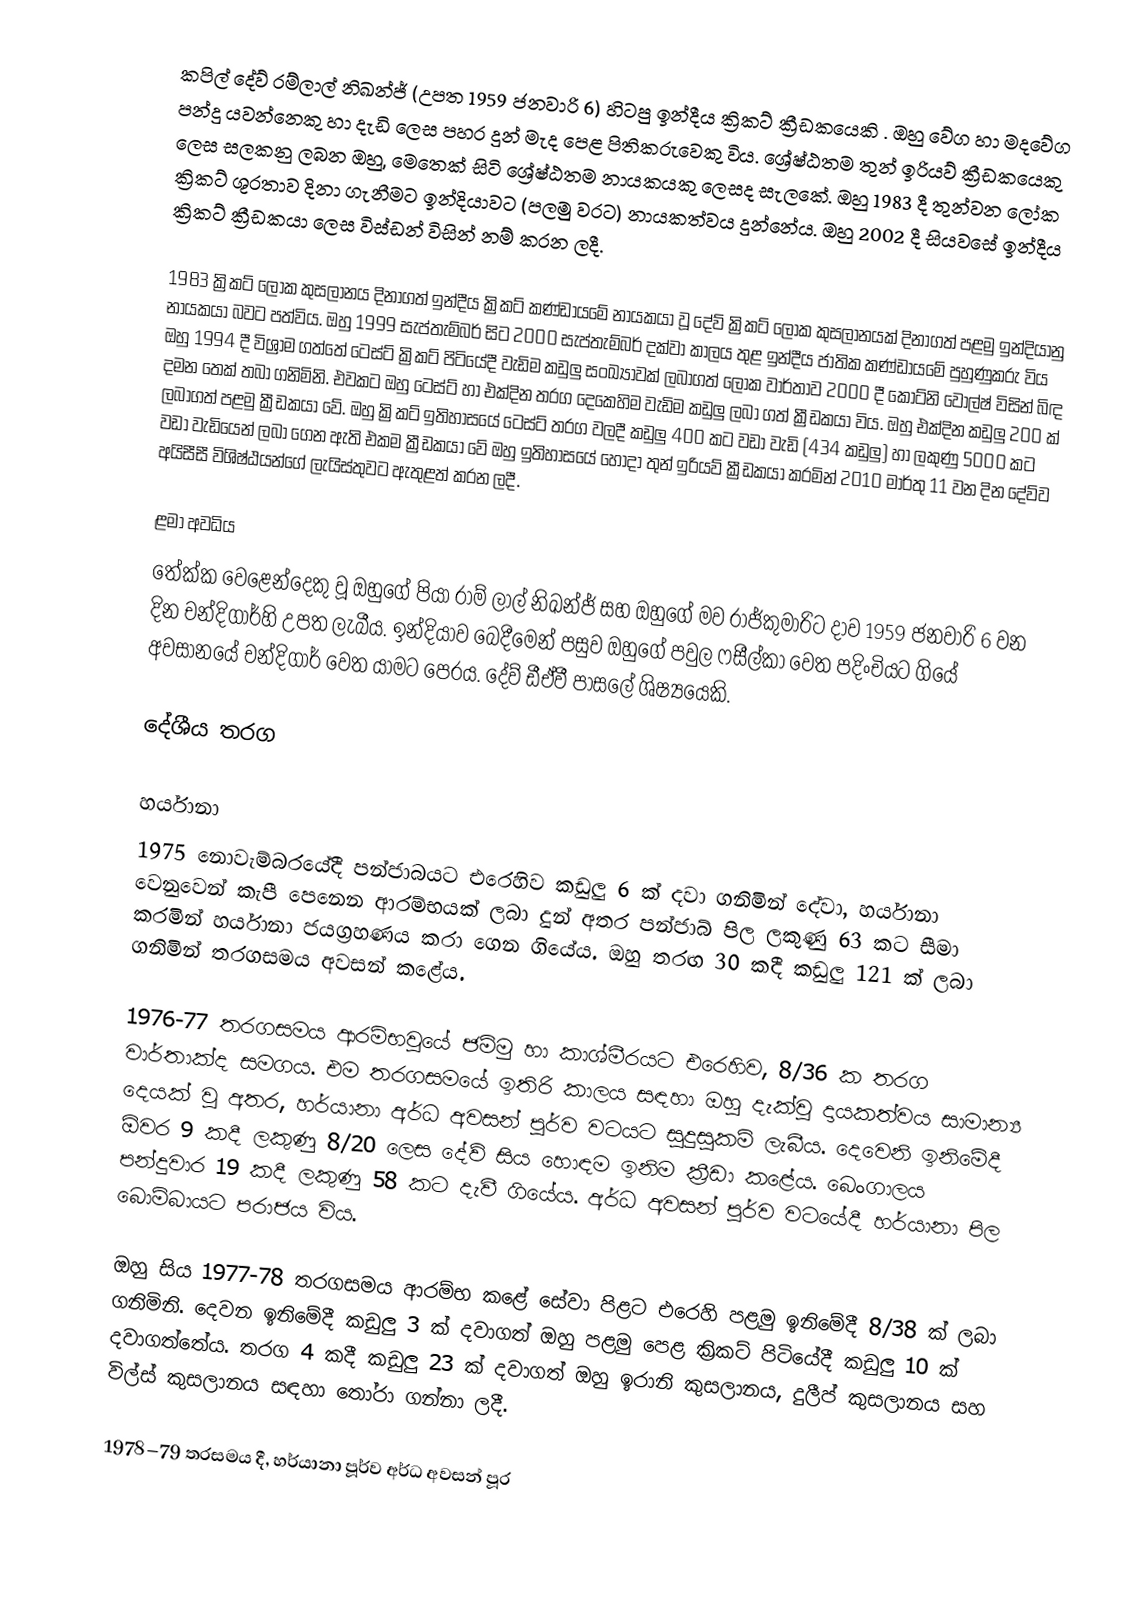
කපිල් දේව් රම්ලාල් නිඛන්ජ්  (උපත 1959 ජනවාරි 6) හිටපු ඉන්දීය ක්‍රිකට් ක්‍රීඩකයෙකි . ඔහු වේග හා මදවේග පන්දු යවන්නෙකු හා දැඩි ලෙස පහර දුන් මැද පෙළ පිතිකරුවෙකු විය. ශ්‍රේෂ්ඨතම තුන් ඉරියව් ක්‍රීඩකයෙකු ලෙස සලකනු ලබන ඔහු, මෙතෙක් සිටි ශ්‍රේෂ්ඨතම නායකයකු ලෙසද සැලකේ. ඔහු 1983 දී තුන්වන ලෝක ක්‍රිකට් ශූරතාව දිනා ගැනීමට ඉන්දියාවට (පලමු වරට) නායකත්වය දුන්නේය. ඔහු 2002 දී සියවසේ ඉන්දීය ක්‍රිකට් ක්‍රීඩකයා ලෙස විස්ඩන් විසින් නම් කරන ලදී.

1983 ක්‍රිකට් ලෝක කුසලානය දිනාගත් ඉන්දීය ක්‍රිකට් කණ්ඩායමේ නායකයා වූ දේව් ක්‍රිකට් ලෝක කුසලානයක් දිනාගත් පළමු ඉන්දියානු නායකයා බවට පත්විය. ඔහු 1999 සැප්තැම්බර් සිට 2000 සැප්තැම්බර් දක්වා කාලය තුළ ඉන්දීය ජාතික කණ්ඩායමේ පුහුණුකරු විය  ඔහු 1994 දී විශ්‍රාම ගත්තේ ටෙස්ට් ක්‍රිකට් පිටියේදී වැඩිම කඩුලු සංඛ්‍යාවක් ලබාගත් ලෝක වාර්තාව 2000 දී කෝට්නි වොල්ෂ් විසින් බිඳ දමන තෙක් තබා ගනිමිනි. එවකට ඔහු ටෙස්ට් හා එක්දින තරග දෙකෙහිම වැඩිම කඩුලු ලබා ගත් ක්‍රීඩකයා විය. ඔහු එක්දින කඩුලු 200 ක් ලබාගත් පළමු ක්‍රීඩකයා වේ. ඔහු ක්‍රිකට් ඉතිහාසයේ ටෙස්ට් තරග වලදී කඩුලු 400 කට වඩා වැඩි (434 කඩුලු) හා ලකුණු 5000 කට වඩා වැඩියෙන් ලබා ගෙන ඇති එකම ක්‍රීඩකයා වේ  ඔහු ඉතිහාසයේ හොදා තුන් ඉරියව් ක්‍රීඩකයා කරමින් 2010 මාර්තු 11 වන දින දේව්ව අයිසීසී විශිෂ්ඨයන්ගේ ලැයිස්තුවට ඇතුළත් කරන ලදී.

ළමා අවධිය
තේක්ක වෙළෙන්දෙකු වූ ඔහුගේ පියා රාම් ලාල් නිඛන්ජ් සහ ඔහුගේ මව රාජ්කුමාරිට දාව 1959 ජනවාරි 6 වන දින චන්දිගාර්හි  උපත ලැබීය. ඉන්දියාව බෙදීමෙන් පසුව ඔහුගේ පවුල ෆසීල්කා වෙත පදිංචියට ගියේ අවසානයේ චන්දිගාර් වෙත යාමට පෙරය.    දේව් ඩීඒවී පාසලේ ශිෂ්‍යයෙකි.

දේශීය තරග

හර්යානා
1975 නොවැම්බරයේදී පන්ජාබයට එරෙහිව කඩුලු 6 ක් දවා ගනිමින් දේවා, හර්යානා වෙනුවෙන් කැපී පෙනෙන ආරම්භයක් ලබා දුන් අතර පන්ජාබ් පිල ලකුණු 63 කට සීමා කරමින් හර්යානා ජයග්‍රහණය කරා ගෙන ගියේය. ඔහු තරඟ 30 කදී කඩුලු 121 ක් ලබා ගනිමින් තරගසමය අවසන් කළේය.

1976-77 තරගසමය ආරම්භවූයේ ජම්මු හා කාශ්මීරයට එරෙහිව, 8/36 ක තරග වාර්තාක්ද සමගය. එම තරගසමයේ ඉතිරි කාලය සඳහා ඔහු දැක්වූ දායකත්වය සාමාන්‍ය දෙයක් වූ අතර, හර්යානා අර්ධ අවසන් පූර්ව වටයට සුදුසුකම් ලැබීය. දෙවෙනි ඉනිමේදී ඕවර 9 කදී ලකුණු 8/20 ලෙස දේව් සිය හොඳම ඉනිම ක්‍රීඩා කළේය. බෙංගාලය පන්දුවාර 19 කදී ලකුණු 58 කට දැවී ගියේය. අර්ධ අවසන් පූර්ව වටයේදී හර්යානා පිල බොම්බායට පරාජය විය.

ඔහු සිය 1977-78 තරගසමය ආරම්භ කළේ සේවා පිළට එරෙහි පළමු ඉනිමේදී 8/38 ක් ලබා ගනිමිනි. දෙවන ඉනිමේදී කඩුලු 3 ක් දවාගත් ඔහු පළමු පෙළ ක්‍රිකට් පිටියේදී කඩුලු 10 ක් දවාගත්තේය. තරග 4 කදී කඩුලු 23 ක් දවාගත් ඔහු ඉරානි කුසලානය, දුලීප් කුසලානය සහ විල්ස් කුසලානය සඳහා තෝරා ගන්නා ලදී.

1978–79 තරසමය දී, හර්යානා පූර්ව අර්ධ අවසන් පූර